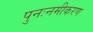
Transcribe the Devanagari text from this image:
पुनःनमीकरण